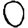
Digit: 0